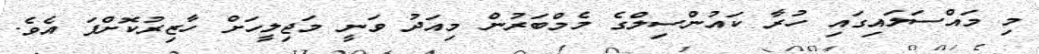
މި މައްސަލައިގައި ހުރާ ކައުންސިލްގެ މެމްބަރުން މިއަދު ވަނީ މަޖިލީހަށް ހާޒިރުކޮށްފަ އެވެ.